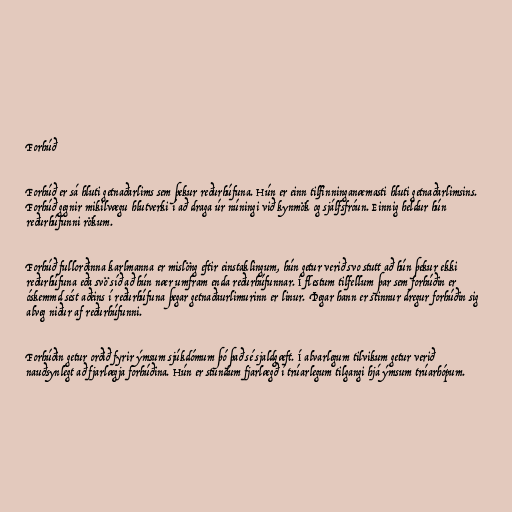
Forhúð

Forhúð er sá hluti getnaðarlims sem þekur reðurhúfuna. Hún er einn tilfinninganæmasti hluti getnaðarlimsins.
Forhúð gegnir mikilvægu hlutverki í að draga úr núningi við kynmök og sjálfsfróun. Einnig heldur hún
reðurhúfunni rökum.

Forhúð fullorðinna karlmanna er mislöng eftir einstaklingum, hún getur verið svo stutt að hún þekur ekki
reðurhúfuna eða svö síð að hún nær umfram enda reðurhúfunnar. Í flestum tilfellum þar sem forhúðin er
óskemmd sést aðeins í reðurhúfuna þegar getnaðaurlimurinn er linur. Þegar hann er stinnur dregur forhúðin sig
alveg niður af reðurhúfunni.

Forhúðin getur orðið fyrir ýmsum sjúkdómum þó það sé sjaldgæft. Í alvarlegum tilvikum getur verið
nauðsynlegt að fjarlægja forhúðina. Hún er stundum fjarlægð í trúarlegum tilgangi hjá ýmsum trúarhópum.